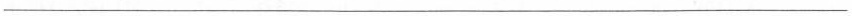
___